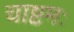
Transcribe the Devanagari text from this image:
चाष्टमः